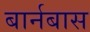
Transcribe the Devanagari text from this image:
बार्नबास